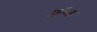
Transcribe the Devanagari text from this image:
फ़्रॅन्क